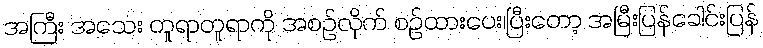
အကြီး အသေး တူရာတူရာကို အစဉ်လိုက် စဉ်ထားပေး၊ပြီးတော့ အမြီးပြန်ခေါင်းပြန်